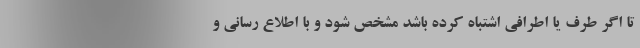
تا اگر طرف یا اطرافی اشتباه کرده باشد مشخص شود و با اطلاع رسانی و